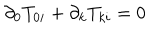
\partial _ { 0 } T _ { 0 i } + \partial _ { k } T _ { k i } = 0